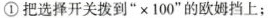
①把选择开关拨到“×100”的欧姆挡上；